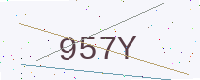
Text: 957Y